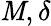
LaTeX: \mathit{M},\delta